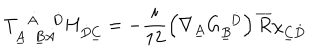
LaTeX: T _ { \underline { { { A } } } \ \ \underline { { { B } } } \dot { A } } ^ { \ \ \dot { A } \ \ \ \dot { D } } H _ { \dot { D } \underline { { { C } } } } = - \frac { i } { 1 2 } \left( \nabla _ { \underline { { { A } } } } G _ { \underline { { { B } } } } ^ { \ \ \dot { D } } \right) \overline { { { R } } } \chi _ { \underline { { { C } } } \dot { D } }